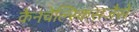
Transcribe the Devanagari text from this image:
कैनचेल्स्किसजैसे